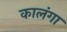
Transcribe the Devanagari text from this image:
कालंगा